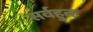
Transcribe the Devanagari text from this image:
सर्वहुतः